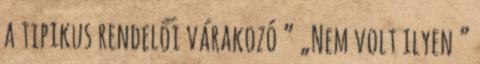
a tipikus rendelői várakozó ” „Nem volt ilyen ”